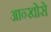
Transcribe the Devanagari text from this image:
आन्खोसे